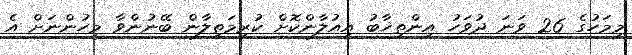
މިމަހުގެ 26 ވަނަ ދުވަހު އިންތިޚާބު އިއުލާންކޮށް ކުރިމަތިލާން ބޭނުންވާ މީހުންނަށް އެ